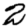
Digit: 2